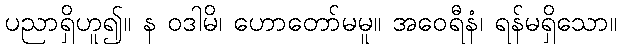
ပညာရှိဟူ၍။ န ဝဒါမိ၊ ဟောတော်မမူ။ အဝေရီနံ၊ ရန်မရှိသော။